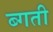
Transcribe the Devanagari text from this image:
ब्गती